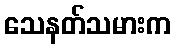
သေနတ်သမားက